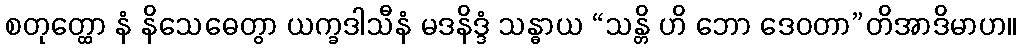
စတုတ္ထော နံ နိသေဓေတွာ ယက္ခဒါသီနံ မဒနိဒ္ဒံ သန္ဓာယ “သန္တိ ဟိ ဘော ဒေဝတာ”တိအာဒိမာဟ။